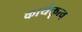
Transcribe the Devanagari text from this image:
कार्यक्तृत्व